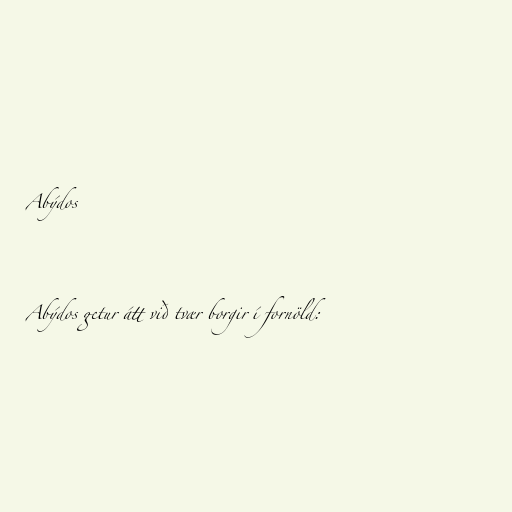
Abýdos

Abýdos getur átt við tvær borgir í fornöld: